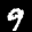
Digit: 9